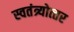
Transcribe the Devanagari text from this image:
स्वतंत्र्योत्‍तर